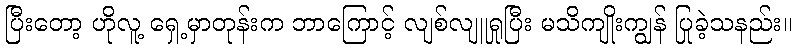
ပြီးတော့ ဟိုလူ့ ရှေ့မှာတုန်းက ဘာကြောင့် လျစ်လျူရှုပြီး မသိကျိုးကျွန် ပြုခဲ့သနည်း။